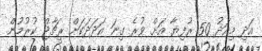
އަދި މިއަދު 50 ރުފިޔާ އަށް ވުރެ ގިނަ އަދަދަކަށް ރީޗާޖް ކުރުމުން